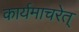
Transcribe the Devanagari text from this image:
कार्यमाचरेत्